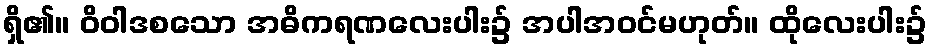
ရှိ၏။ ဝိဝါဒစသော အဓိကရဏလေးပါး၌ အပါအဝင်မဟုတ်။ ထိုလေးပါး၌